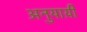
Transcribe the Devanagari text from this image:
अनुयाय़ी